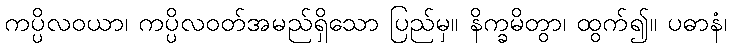
ကပ္ပိလဝယာ၊ ကပ္ပိလဝတ်အမည်ရှိသော ပြည်မှ။ နိက္ခမိတွာ၊ ထွက်၍။ ပဓာနံ၊